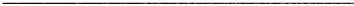
___